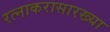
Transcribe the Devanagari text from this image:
रत्नाकरासारख्या